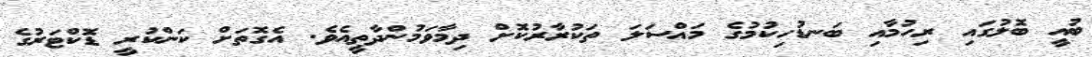
ބުއީ ބޮލުގައި ރިހުމާއި ބަނޑުހިކުމުގެ މައްސަލަ ތަކުރާރުކޮށް ދިމާވަމުންދާތީއެވެ. އެގޮތަށް ކަންކުރީ ޑޮކްޓަރުގެ